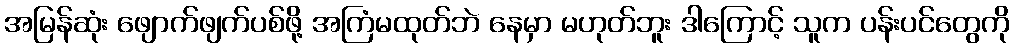
အမြန်ဆုံး ဖျောက်ဖျက်ပစ်ဖို့ အကြံမထုတ်ဘဲ နေမှာ မဟုတ်ဘူး ဒါကြောင့် သူက ပန်းပင်တွေကို